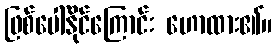
ဖြစ်ပေါ်နိုင်ကြောင်း ဟောထား၏။